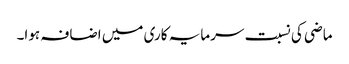
ماضی کی نسبت سرمایہ کاری میں اضافہ ہوا۔